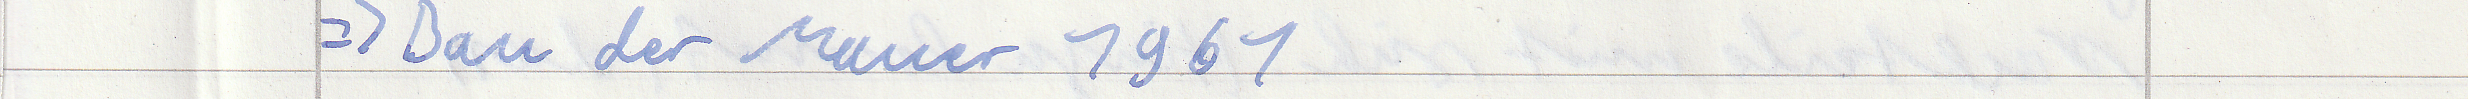
=> Bau der Mauer 1961